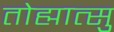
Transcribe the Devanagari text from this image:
तोह्मात्सु